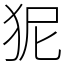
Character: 狔